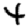
Digit: 4